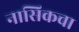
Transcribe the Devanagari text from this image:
नासिकचा